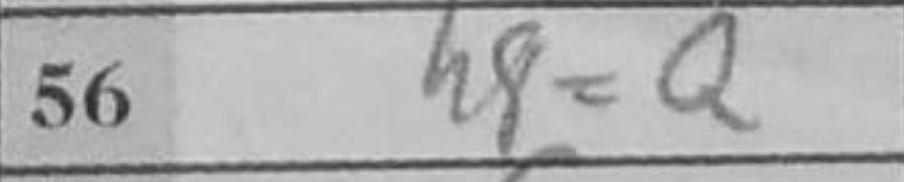
Transcription: h8=Q